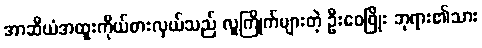
အာဆီယံအထူးကိုယ်စားလှယ်သည် လူကြိုက်များတဲ့ ဦးဝေဖြိုး ဘုရား၏သား